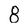
Character: 8